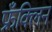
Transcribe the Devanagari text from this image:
फ्रँक्लिन